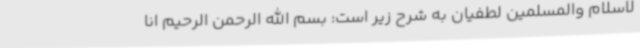
لاسلام والمسلمین لطفیان به شرح زیر است: بسم الله الرحمن الرحیم انا